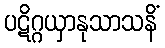
ပဋိဂ္ဂယှာနုသာသနိံ